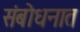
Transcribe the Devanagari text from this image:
संबोधनात